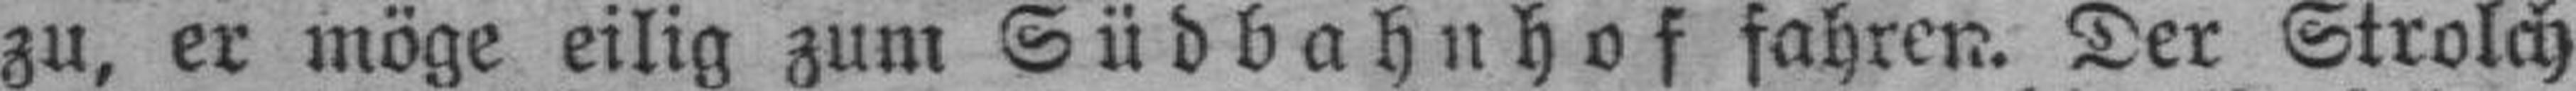
zu, er möge eilig zum Südbahnhof fahren. Der Strolch